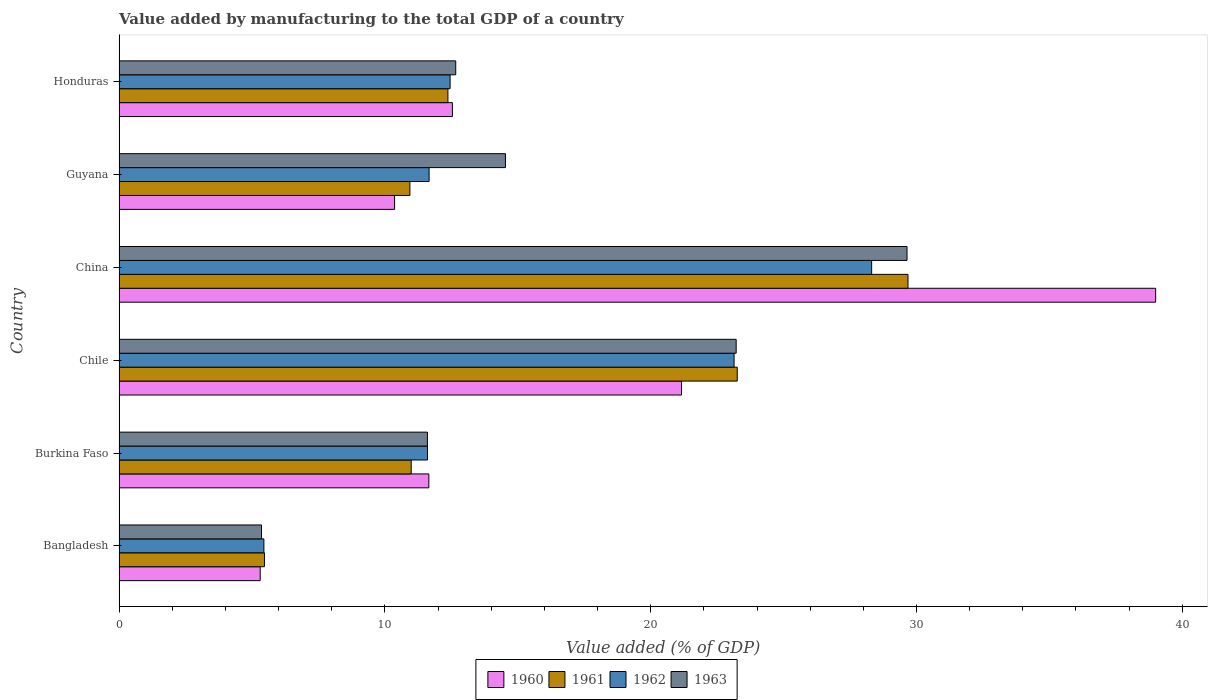
| Country | 1960 | 1961 | 1962 | 1963 |
 | --- | --- | --- | --- | --- |
 | Bangladesh | 5.31 | 5.47 | 5.45 | 5.36 |
 | Burkina Faso | 11.7 | 11 | 11.6 | 11.6 |
 | Chile | 21.2 | 23.3 | 23.1 | 23.2 |
 | China | 39 | 29.7 | 28.3 | 29.6 |
 | Guyana | 10.4 | 10.9 | 11.7 | 14.5 |
 | Honduras | 12.5 | 12.4 | 12.5 | 12.7 |